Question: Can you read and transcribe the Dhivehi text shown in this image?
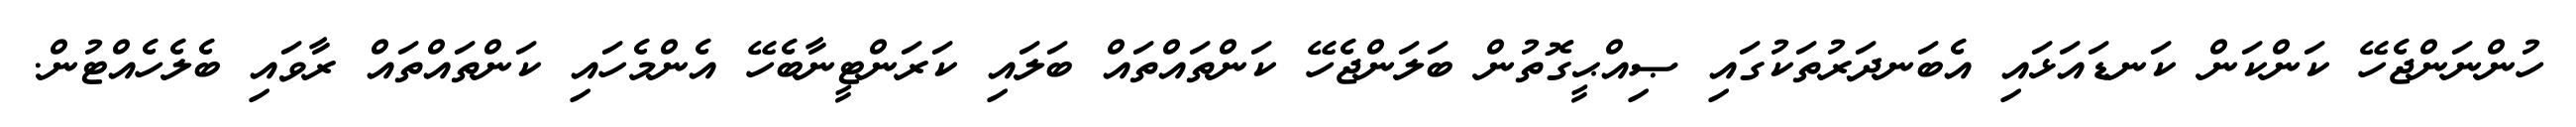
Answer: ހުންނަންޖެހޭ ކަންކަން ކަނޑައަޅައި އެބަނދަރުތަކުގައި ޞިއްޙީގޮތުން ބަލަންޖެހޭ ކަންތައްތައް ބަލައި ކަރަންޓީނާބެހޭ އެންމެހައި ކަންތައްތައް ރާވައި ބެލެހެއްޓުން.